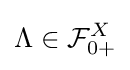
\Lambda \in {\mathcal {F}}_{0+}^{X}